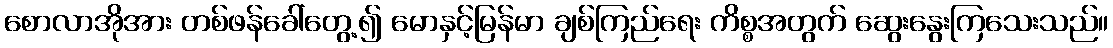
စောလာအိုအား တစ်ဖန်ခေါ်တွေ့၍ မောနှင့်မြန်မာ ချစ်ကြည်ရေး ကိစ္စအတွက် ဆွေးနွေးကြသေးသည်။